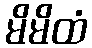
မိမိထံ